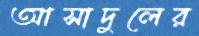
আসাদুলের